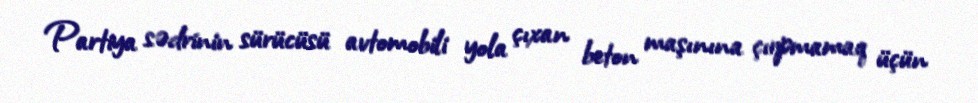
Partiya sədrinin sürücüsü avtomobili yola çıxan beton maşınına çırpmamaq üçün